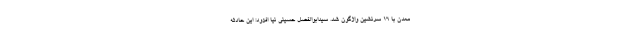
معدن با ۱۶ سرنشین واژگون شد. سیدابوالفضل حسینی نیا افزود: این حادثه